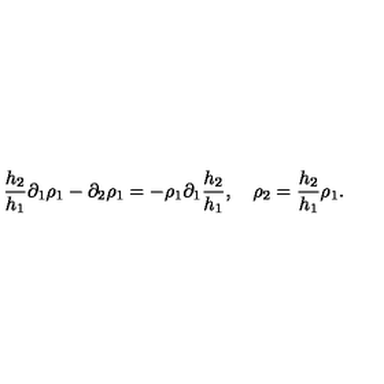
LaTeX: \frac { h _ { 2 } } { h _ { 1 } } \partial _ { 1 } \rho _ { 1 } - \partial _ { 2 } \rho _ { 1 } = - \rho _ { 1 } \partial _ { 1 } \frac { h _ { 2 } } { h _ { 1 } } , \quad \rho _ { 2 } = \frac { h _ { 2 } } { h _ { 1 } } \rho _ { 1 } .